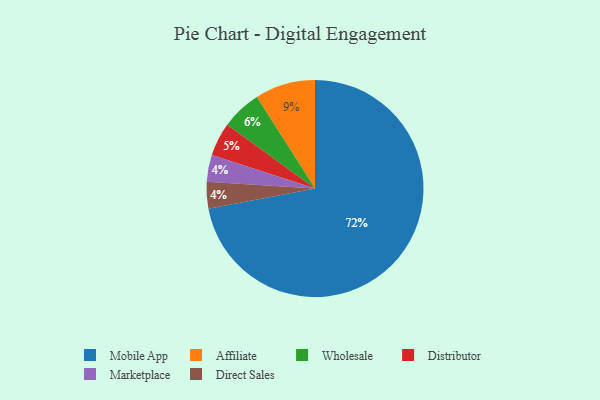
{"axis": {"x": "Category", "y": "Percentage"}, "legend": ["Affiliate", "Direct Sales", "Distributor", "Marketplace", "Mobile App", "Wholesale"], "data": [{"x": "Distributor", "y": 5, "type": "Distributor"}, {"x": "Mobile App", "y": 72, "type": "Mobile App"}, {"x": "Marketplace", "y": 4, "type": "Marketplace"}, {"x": "Affiliate", "y": 9, "type": "Affiliate"}, {"x": "Wholesale", "y": 6, "type": "Wholesale"}, {"x": "Direct Sales", "y": 4, "type": "Direct Sales"}]}